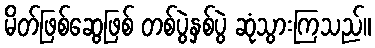
မိတ်ဖြစ်ဆွေဖြစ် တစ်ပွဲနှစ်ပွဲ ဆုံသွားကြသည်။